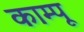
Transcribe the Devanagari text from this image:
काम्पू